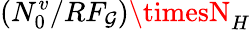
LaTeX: (N_{0}^{v}/RF_{\mathcal{G}})\timesN_{H}